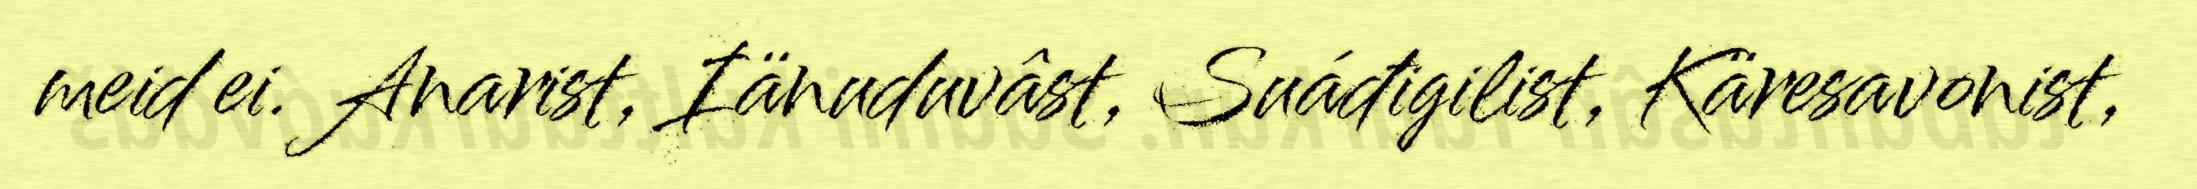
meid ei. Anarist, Iänuduvâst, Suáđigilist, Käresavonist,